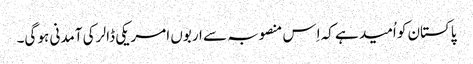
پاکستان کو اُمید ہے کہ اِس منصوبہ سے اربوں امریکی ڈالر کی آمدنی ہو گی۔